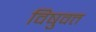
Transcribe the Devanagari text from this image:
विषुवत्त